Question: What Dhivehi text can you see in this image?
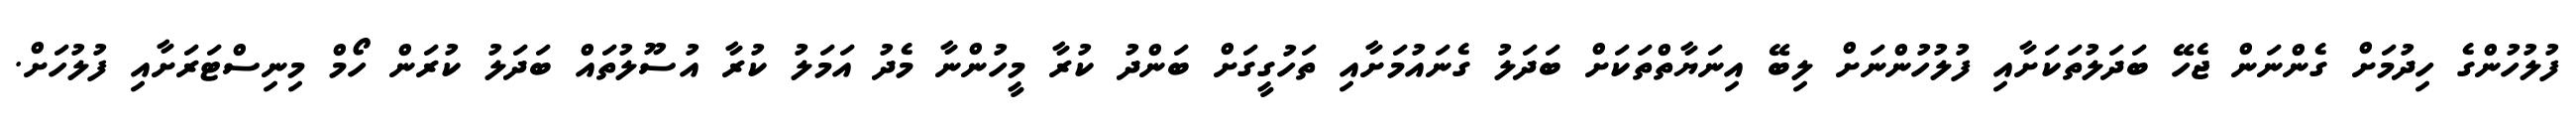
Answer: ފުލުހުންގެ ހިދުމަށް ގެންނަން ޖެހޭ ބަދަލުތަކަށާއި ފުލުހުންނަށް ލިބޭ އިނަޔާތްތަކަށް ބަދަލު ގެނައުމަށާއި ތަހުގީގަށް ބަންދު ކުރާ މީހުންނާ މެދު އަމަލު ކުރާ އުސޫލުތައް ބަދަލު ކުރަން ހޯމް މިނިސްޓަރަށާއި ފުލުހަށް.